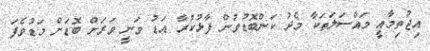
އިޖުތިމާއީ މައްސަލަތަކާ މެދު ކަންބޮޑުވުން ފާޅުކުރާ އަޑު ވަނީ ވަރަށް ބޮޑަށް މަޑުވެފަ